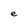
Character: e